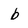
Character: b